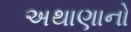
અથાણાનો